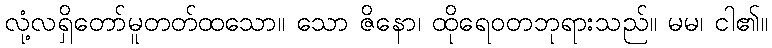
လုံ့လရှိတော်မူတတ်ထသော။ သော ဇိနော၊ ထိုရေဝတဘုရားသည်။ မမ၊ ငါ၏။